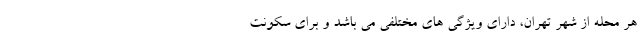
هر محله از شهر تهران، دارای ویژگی های مختلفی می باشد و برای سکونت